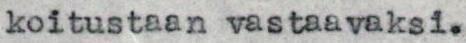
koitustaan vastaavaksi.